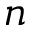
n